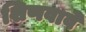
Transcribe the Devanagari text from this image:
शिणवावे